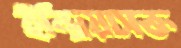
ইন্দ্রিয়াসক্ত